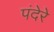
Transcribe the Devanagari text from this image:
पंदेरे